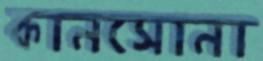
কানসোনা